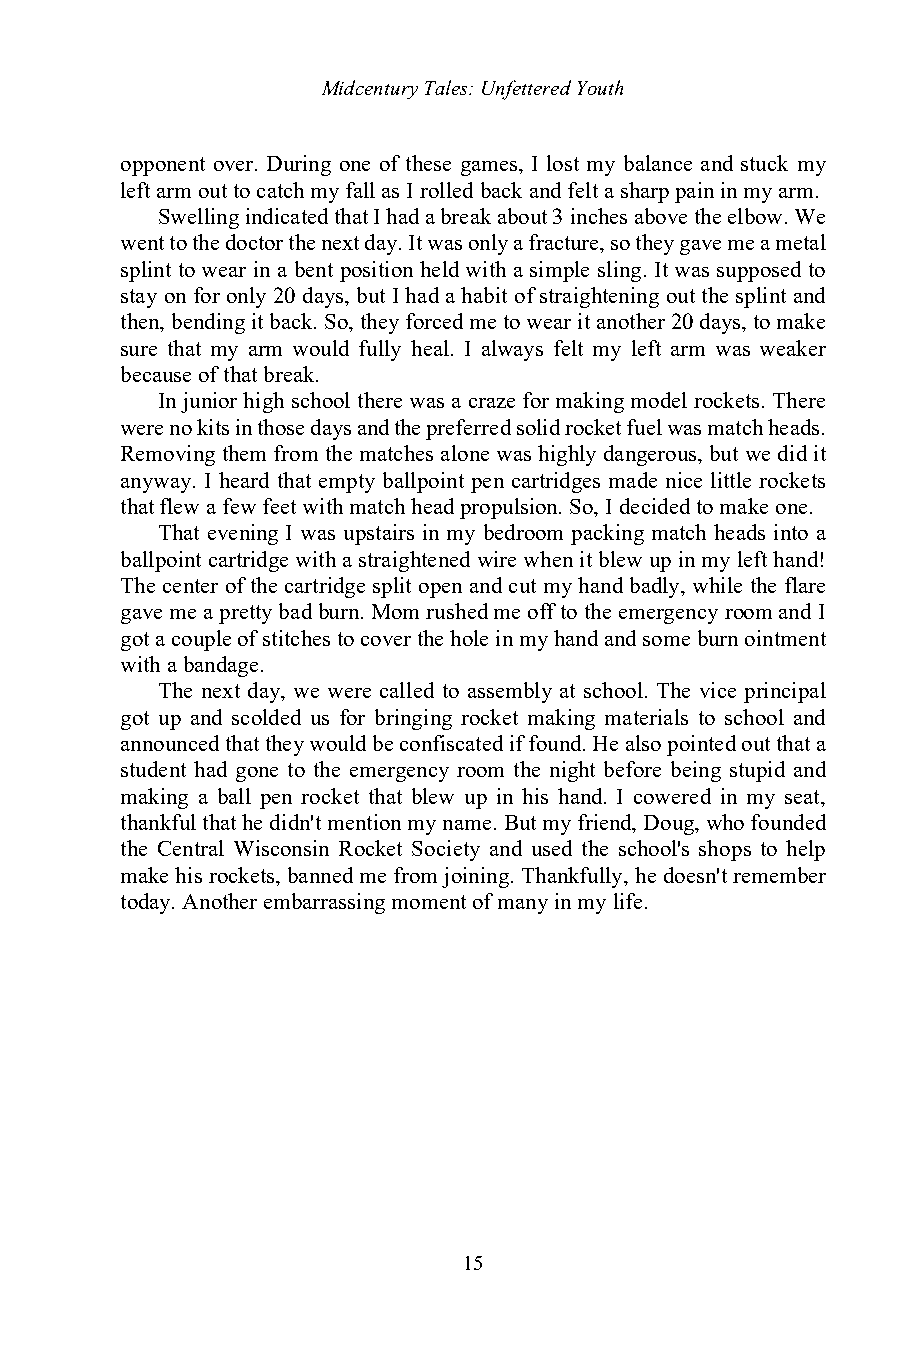
Midcentury Tales: Unfettered Youth
 opponent over. During one of these games, I lost my balance and stuck my
 left arm out to catch my fall as I rolled back and felt a sharp pain in my arm.
 Swelling indicated that I had a break about 3 inches above the elbow. We
 went to the doctor the next day. It was only a fracture, so they gave me a metal
 splint to wear in a bent position held with a simple sling. It was supposed to
 stay on for only 20 days, but I had a habit of straightening out the splint and
 then, bending it back. So, they forced me to wear it another 20 days, to make
 sure that my arm would fully heal. I always felt my left arm was weaker
 because of that break.
 In junior high school there was a craze for making model rockets. There
 were no kits in those days and the preferred solid rocket fuel was match heads.
 Removing them from the matches alone was highly dangerous, but we did it
 anyway. I heard that empty ballpoint pen cartridges made nice little rockets
 that flew a few feet with match head propulsion. So, I decided to make one.
 That evening I was upstairs in my bedroom packing match heads into a
 ballpoint cartridge with a straightened wire when it blew up in my left hand!
 The center of the cartridge split open and cut my hand badly, while the flare
 gave me a pretty bad burn. Mom rushed me off to the emergency room and I
 got a couple of stitches to cover the hole in my hand and some burn ointment
 with a bandage.
 The next day, we were called to assembly at school. The vice principal
 got up and scolded us for bringing rocket making materials to school and
 announced that they would be confiscated if found. He also pointed out that a
 student had gone to the emergency room the night before being stupid and
 making a ball pen rocket that blew up in his hand. I cowered in my seat,
 thankful that he didn't mention my name. But my friend, Doug, who founded
 the Central Wisconsin Rocket Society and used the school's shops to help
 make his rockets, banned me from joining. Thankfully, he doesn't remember
 today. Another embarrassing moment of many in my life.
 15